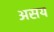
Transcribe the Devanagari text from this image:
असय